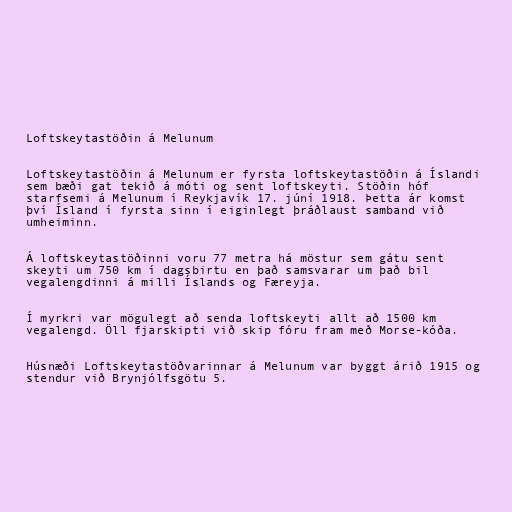
Loftskeytastöðin á Melunum

Loftskeytastöðin á Melunum er fyrsta loftskeytastöðin á Íslandi
sem bæði gat tekið á móti og sent loftskeyti. Stöðin hóf
starfsemi á Melunum í Reykjavík 17. júní 1918. Þetta ár komst
því Ísland í fyrsta sinn í eiginlegt þráðlaust samband við
umheiminn.

Á loftskeytastöðinni voru 77 metra há möstur sem gátu sent
skeyti um 750 km í dagsbirtu en það samsvarar um það bil
vegalengdinni á milli Íslands og Færeyja.

Í myrkri var mögulegt að senda loftskeyti allt að 1500 km
vegalengd. Öll fjarskipti við skip fóru fram með Morse-kóða.

Húsnæði Loftskeytastöðvarinnar á Melunum var byggt árið 1915 og
stendur við Brynjólfsgötu 5.